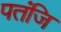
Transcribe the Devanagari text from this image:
पतंजि